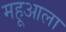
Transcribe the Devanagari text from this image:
महूआला